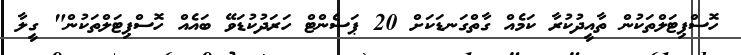
ހޮސްޕިޓަލްތަކުން ތާއީދުކުރާ ކަމެއް ގާތްގަނޑަކަށް 20 ޕަސެންޓް ހަރަދުކުޑަވޭ ބައެއް ހޮސްޕިޓަލްތަކުން" ގީލާ